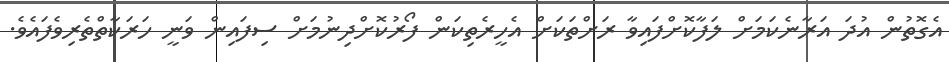
އެގޮތުން އުދަ އަރާނެކަމަށް ލަފާކޮށްފައިވާ ރަށްތަކަށް އެހީރެތިކަން ފޯރުކޮށްދިނުމަށް ސިފައިން ވަނީ ހަރަކާތްތެރިވެފައެވެ.